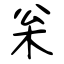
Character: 枀